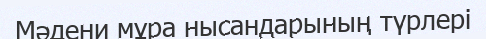
Мәдени мұра нысандарының түрлері